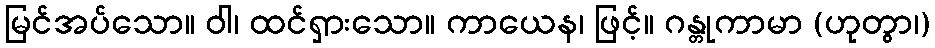
မြင်အပ်သော။ ဝါ၊ ထင်ရှားသော။ ကာယေန၊ ဖြင့်။ ဂန္တုကာမာ (ဟုတွာ၊)